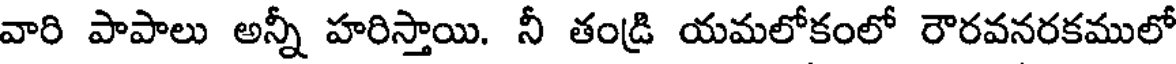
వారి పాపాలు అన్నీ హరిస్తాయి. నీ తండ్రి యమలోకంలో రౌరవనరకములో